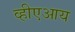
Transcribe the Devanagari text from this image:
व्हीएआय